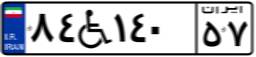
۸۴W۱۴۰۵۷